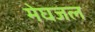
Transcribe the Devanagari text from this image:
मेघजल